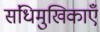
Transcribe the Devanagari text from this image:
संधिमुखिकाएँ